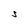
Character: S